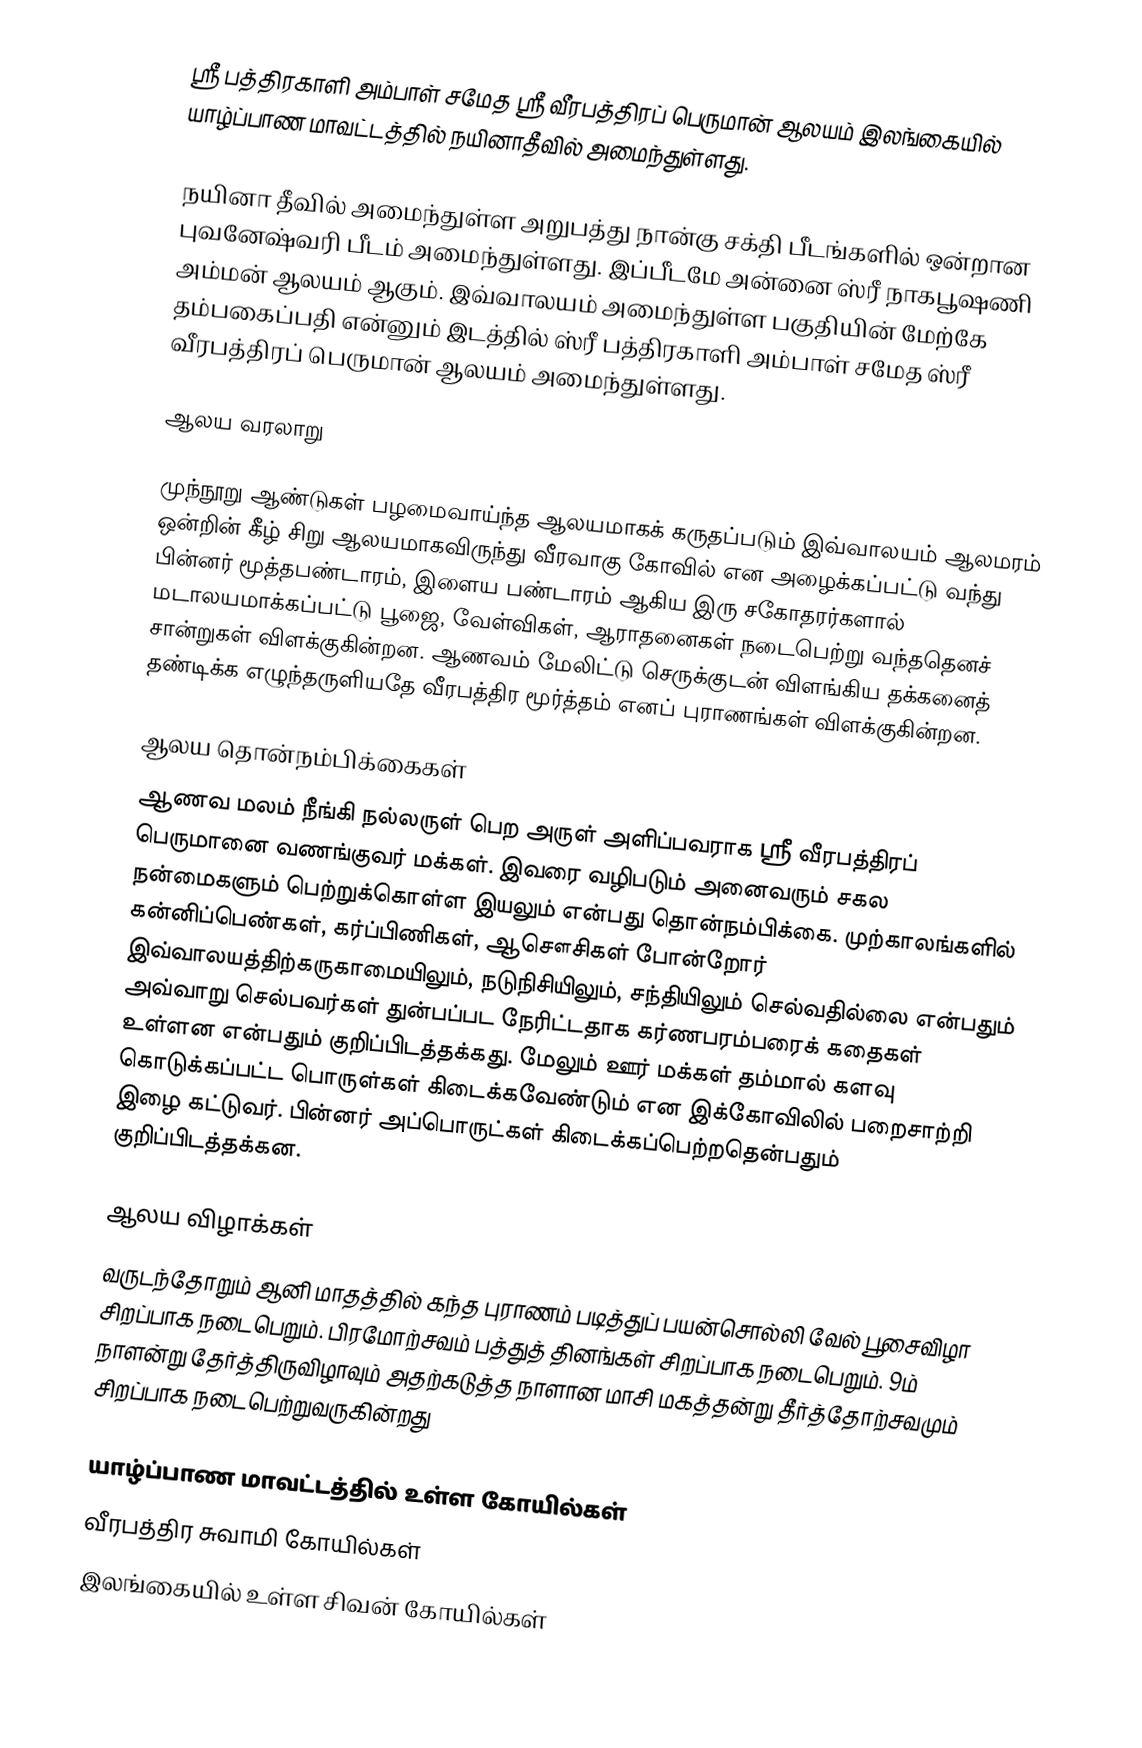
ஸ்ரீ பத்திரகாளி அம்பாள் சமேத ஸ்ரீ வீரபத்திரப் பெருமான் ஆலயம் இலங்கையில் யாழ்ப்பாண மாவட்டத்தில் நயினாதீவில் அமைந்துள்ளது.

நயினா தீவில் அமைந்துள்ள அறுபத்து நான்கு சக்தி பீடங்களில் ஒன்றான புவனேஷ்வரி பீடம் அமைந்துள்ளது. இப்பீடமே அன்னை ஸ்ரீ நாகபூஷணி அம்மன் ஆலயம் ஆகும். இவ்வாலயம் அமைந்துள்ள பகுதியின் மேற்கே தம்பகைப்பதி என்னும் இடத்தில் ஸ்ரீ பத்திரகாளி அம்பாள் சமேத ஸ்ரீ வீரபத்திரப் பெருமான் ஆலயம் அமைந்துள்ளது.

ஆலய வரலாறு

முந்நூறு ஆண்டுகள் பழமைவாய்ந்த ஆலயமாகக் கருதப்படும் இவ்வாலயம் ஆலமரம் ஒன்றின் கீழ் சிறு ஆலயமாகவிருந்து வீரவாகு கோவில் என அழைக்கப்பட்டு வந்து பின்னர் மூத்தபண்டாரம், இளைய பண்டாரம் ஆகிய இரு சகோதரர்களால் மடாலயமாக்கப்பட்டு பூஜை, வேள்விகள், ஆராதனைகள் நடைபெற்று வந்ததெனச் சான்றுகள் விளக்குகின்றன. ஆணவம் மேலிட்டு செருக்குடன் விளங்கிய தக்கனைத் தண்டிக்க எழுந்தருளியதே வீரபத்திர மூர்த்தம் எனப் புராணங்கள் விளக்குகின்றன.

ஆலய தொன்நம்பிக்கைகள்
ஆணவ மலம் நீங்கி நல்லருள் பெற அருள் அளிப்பவராக ஸ்ரீ வீரபத்திரப் பெருமானை வணங்குவர் மக்கள். இவரை வழிபடும் அனைவரும் சகல நன்மைகளும் பெற்றுக்கொள்ள இயலும் என்பது தொன்நம்பிக்கை. முற்காலங்களில் கன்னிப்பெண்கள், கர்ப்பிணிகள், ஆசௌசிகள் போன்றோர் இவ்வாலயத்திற்கருகாமையிலும், நடுநிசியிலும், சந்தியிலும் செல்வதில்லை என்பதும் அவ்வாறு செல்பவர்கள் துன்பப்பட நேரிட்டதாக கர்ணபரம்பரைக் கதைகள் உள்ளன என்பதும் குறிப்பிடத்தக்கது. மேலும் ஊர் மக்கள் தம்மால் களவு கொடுக்கப்பட்ட பொருள்கள் கிடைக்கவேண்டும் என இக்கோவிலில் பறைசாற்றி இழை கட்டுவர். பின்னர் அப்பொருட்கள் கிடைக்கப்பெற்றதென்பதும் குறிப்பிடத்தக்கன.

ஆலய விழாக்கள்
வருடந்தோறும் ஆனி மாதத்தில் கந்த புராணம் படித்துப் பயன்சொல்லி வேல் பூசைவிழா சிறப்பாக நடைபெறும். பிரமோற்சவம் பத்துத் தினங்கள் சிறப்பாக நடைபெறும். 9ம் நாளன்று தேர்த்திருவிழாவும் அதற்கடுத்த நாளான மாசி மகத்தன்று தீர்த்தோற்சவமும் சிறப்பாக நடைபெற்றுவருகின்றது

யாழ்ப்பாண மாவட்டத்தில் உள்ள கோயில்கள்
வீரபத்திர சுவாமி கோயில்கள்
இலங்கையில் உள்ள சிவன் கோயில்கள்